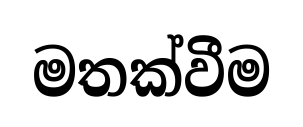
මතක්වීම